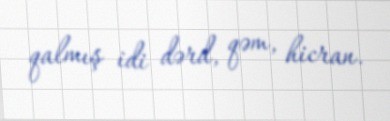
qalmış idi dərd, qəm, hicran.